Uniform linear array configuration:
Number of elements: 32
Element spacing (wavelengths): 1
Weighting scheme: cosine
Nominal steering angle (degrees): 60
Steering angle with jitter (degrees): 60.534
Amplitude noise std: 0.05
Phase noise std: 0.05

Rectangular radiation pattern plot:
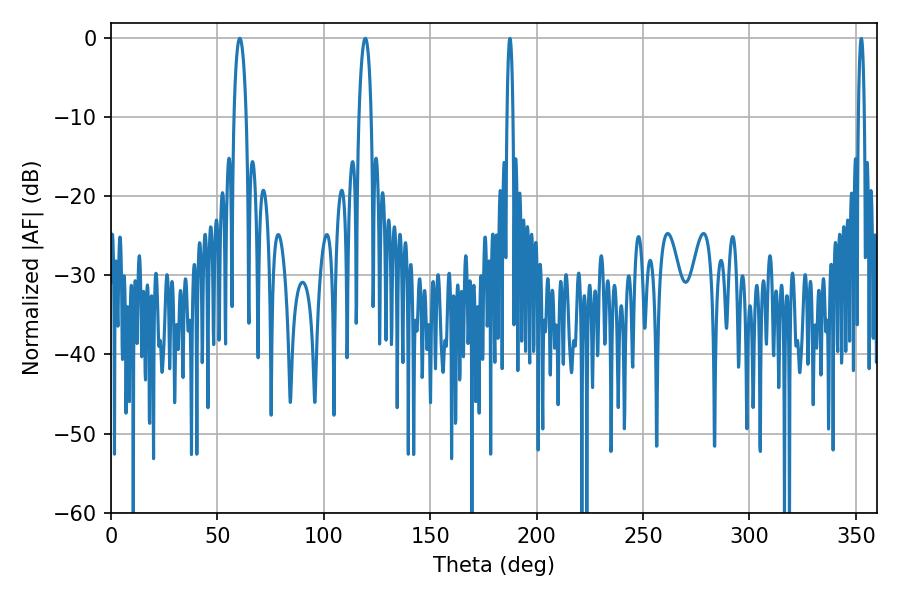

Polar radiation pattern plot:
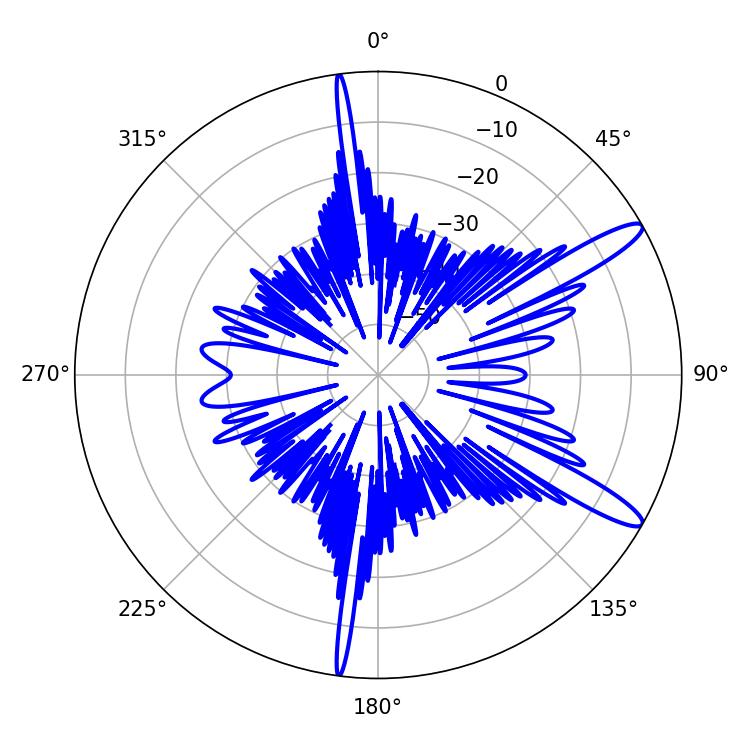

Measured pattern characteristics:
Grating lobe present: TRUE
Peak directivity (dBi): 12.923
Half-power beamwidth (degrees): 3.24
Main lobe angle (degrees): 60.48